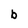
Character: b